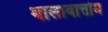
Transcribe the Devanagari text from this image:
थालावात्तोम